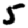
Digit: 5